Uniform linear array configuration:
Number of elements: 12
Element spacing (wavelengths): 0.75
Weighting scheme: hamming
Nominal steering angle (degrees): -45
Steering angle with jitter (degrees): -44.317
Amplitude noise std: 0.05
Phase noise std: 0.05

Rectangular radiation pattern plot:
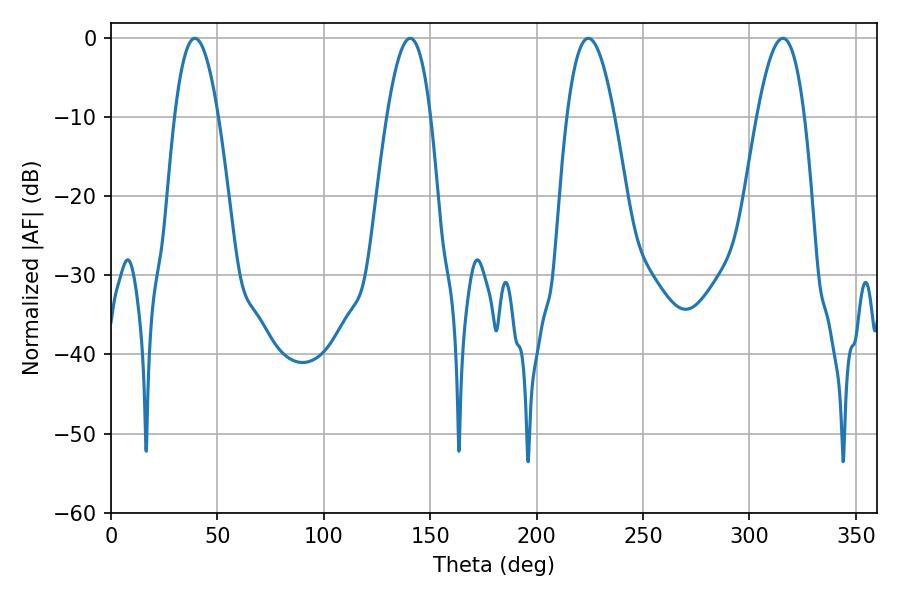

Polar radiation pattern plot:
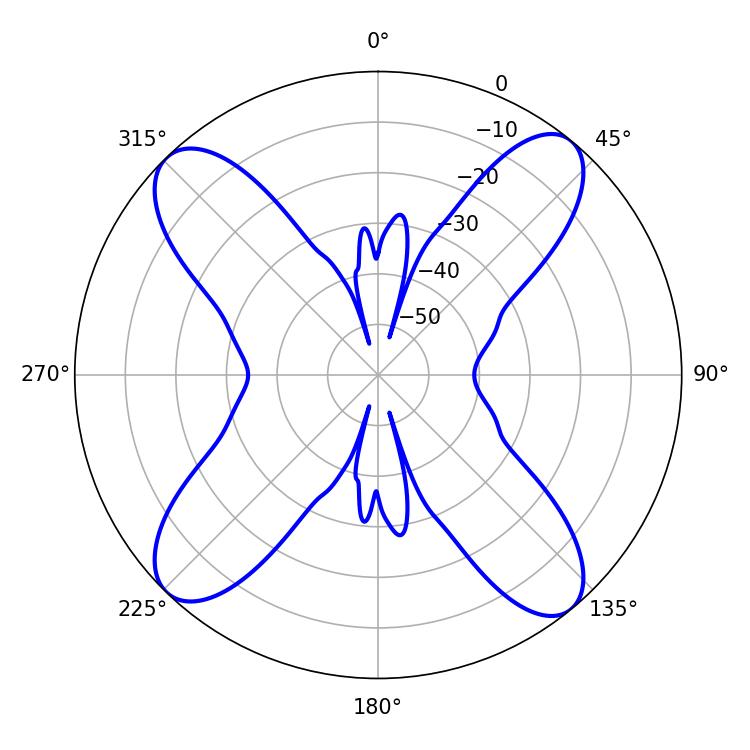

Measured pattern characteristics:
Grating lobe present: TRUE
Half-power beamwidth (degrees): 11.34
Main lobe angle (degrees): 39.42